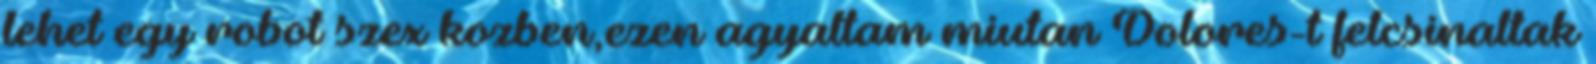
lehet egy robot szex kozben,ezen agyaltam miutan Dolores-t felcsinaltak